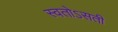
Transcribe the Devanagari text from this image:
स्वतोऽसती